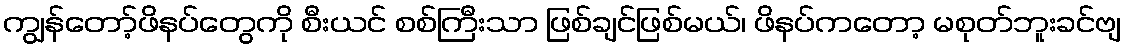
ကျွန်တော့်ဖိနပ်တွေကို စီးယင် စစ်ကြီးသာ ဖြစ်ချင်ဖြစ်မယ်၊ ဖိနပ်ကတော့ မစုတ်ဘူးခင်ဗျ